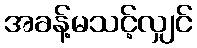
အခန့်မသင့်လျှင်